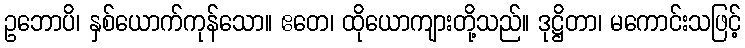
ဥဘောပိ၊ နှစ်ယောက်ကုန်သော။ ဧတေ၊ ထိုယောကျားတို့သည်။ ဒုဋ္ဌိတာ၊ မကောင်းသဖြင့်